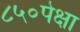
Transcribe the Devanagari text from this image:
८५०पेक्षा